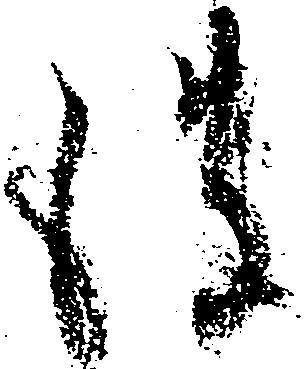
彼